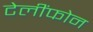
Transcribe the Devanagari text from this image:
टेलींफोन